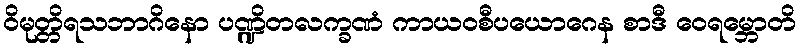
ဝိမုတ္တိရသဘာဂိနော ပဏ္ဍိတလက္ခဏံ ကာယဝစီပယောဂေန စာဒီ ဝေရမ္ဘောတိ